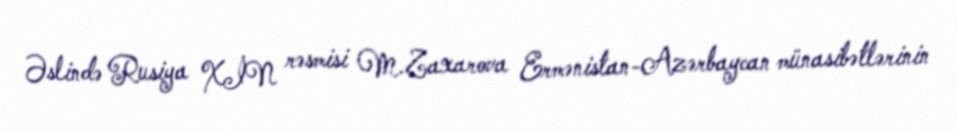
Əslində Rusiya XİN rəsmisi M.Zaxarova Ermənistan-Azərbaycan münasibətlərinin